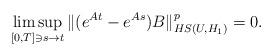
LaTeX: \begin{align*} \limsup_{[0,T]\ni s \to t} \|(e^{At}-e^{As})B\|^p_{HS(U,H_1)} =0.\end{align*}